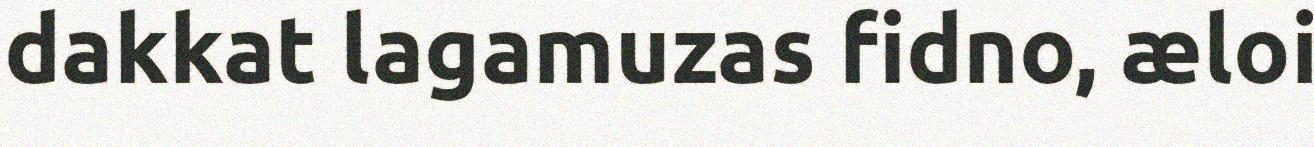
dakkat lagamuzas fidno, æloi